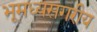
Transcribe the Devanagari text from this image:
भूमध्यसगरीय